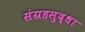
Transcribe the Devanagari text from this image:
संग्रहसुद्धा